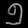
Digit: ၅